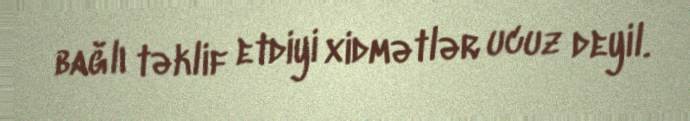
bağlı təklif etdiyi xidmətlər ucuz deyil.